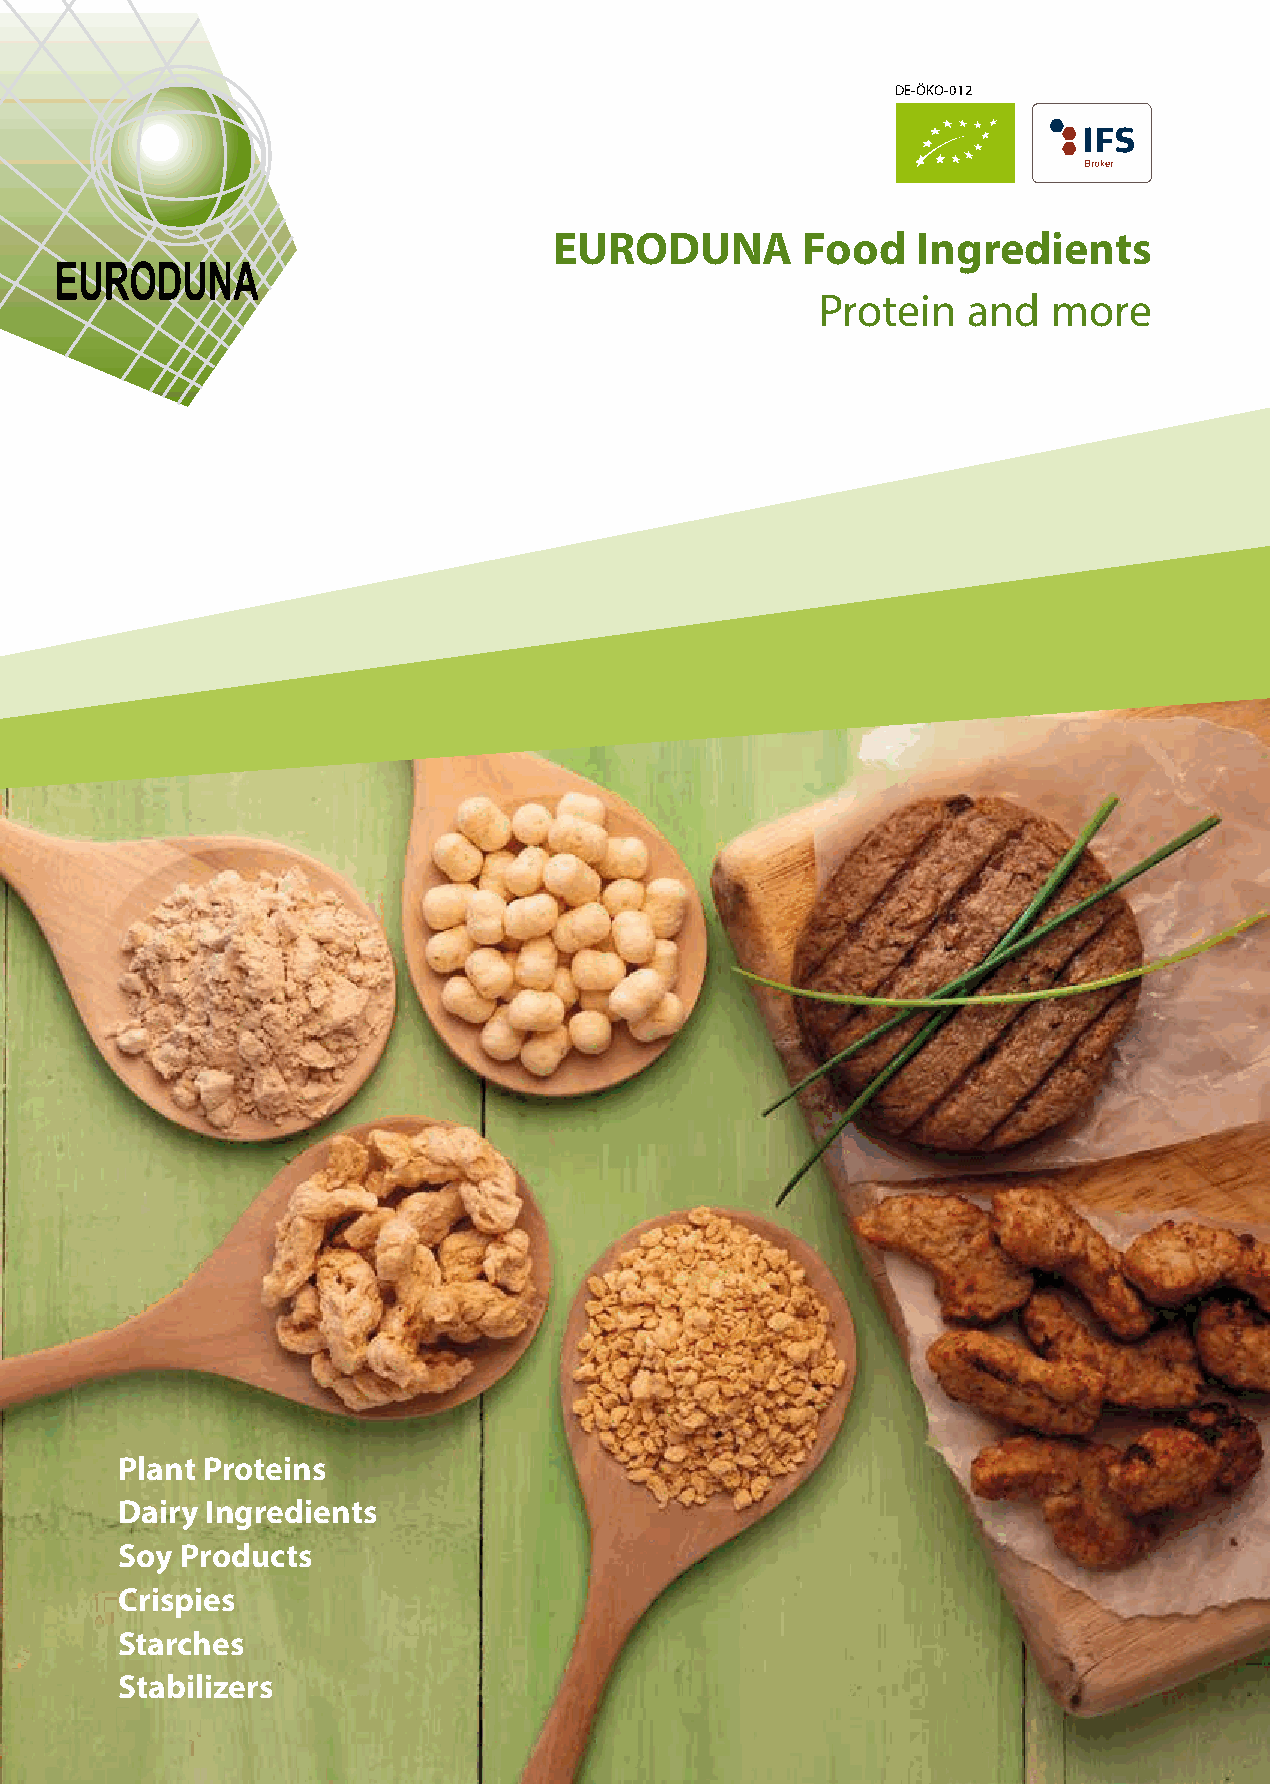
DE-ÖKO-012
 EURODUNA        Food    Ingredients
 Protein   and   more
 Plant Proteins
 Dairy Ingredients
 Soy Products
 Crispies
 Starches
 Stabilizers